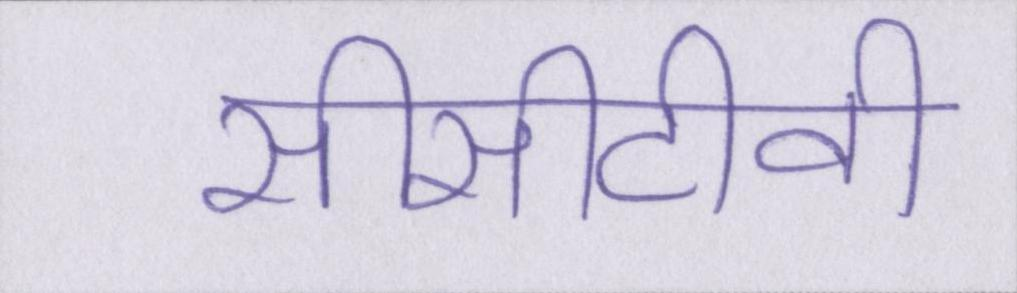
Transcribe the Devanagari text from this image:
सीसीटीवी